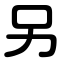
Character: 另